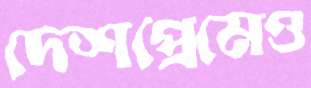
দেশপ্রেমেও